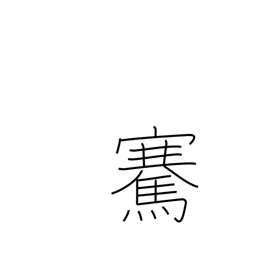
Meaning: lift up